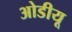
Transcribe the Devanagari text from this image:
ओडीयू